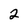
Character: 2